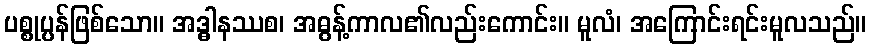
ပစ္စုပ္ပန်ဖြစ်သော။ အဒ္ဓါနဿစ၊ အဓွန့်ကာလ၏လည်းကောင်း။ မူလံ၊ အကြောင်းရင်းမူလသည်။